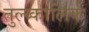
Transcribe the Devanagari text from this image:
तुल्य्कालिक